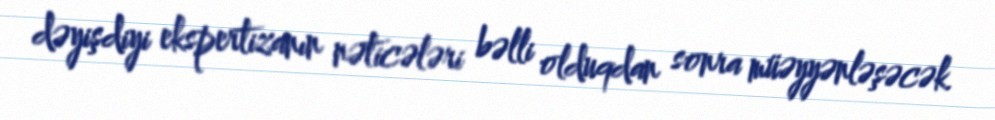
dəyişdiyi ekspertizanın nəticələri bəlli olduqdan sonra müəyyənləşəcək.